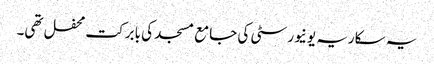
یہ سکاریہ یونیورسٹی کی جامع مسجد کی بابرکت محفل تھی۔